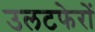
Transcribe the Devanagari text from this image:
उलटफेरों